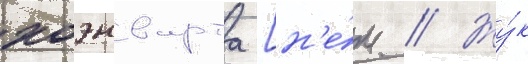
хоэнварта [н'е́м. // Жу́к